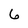
Character: 6